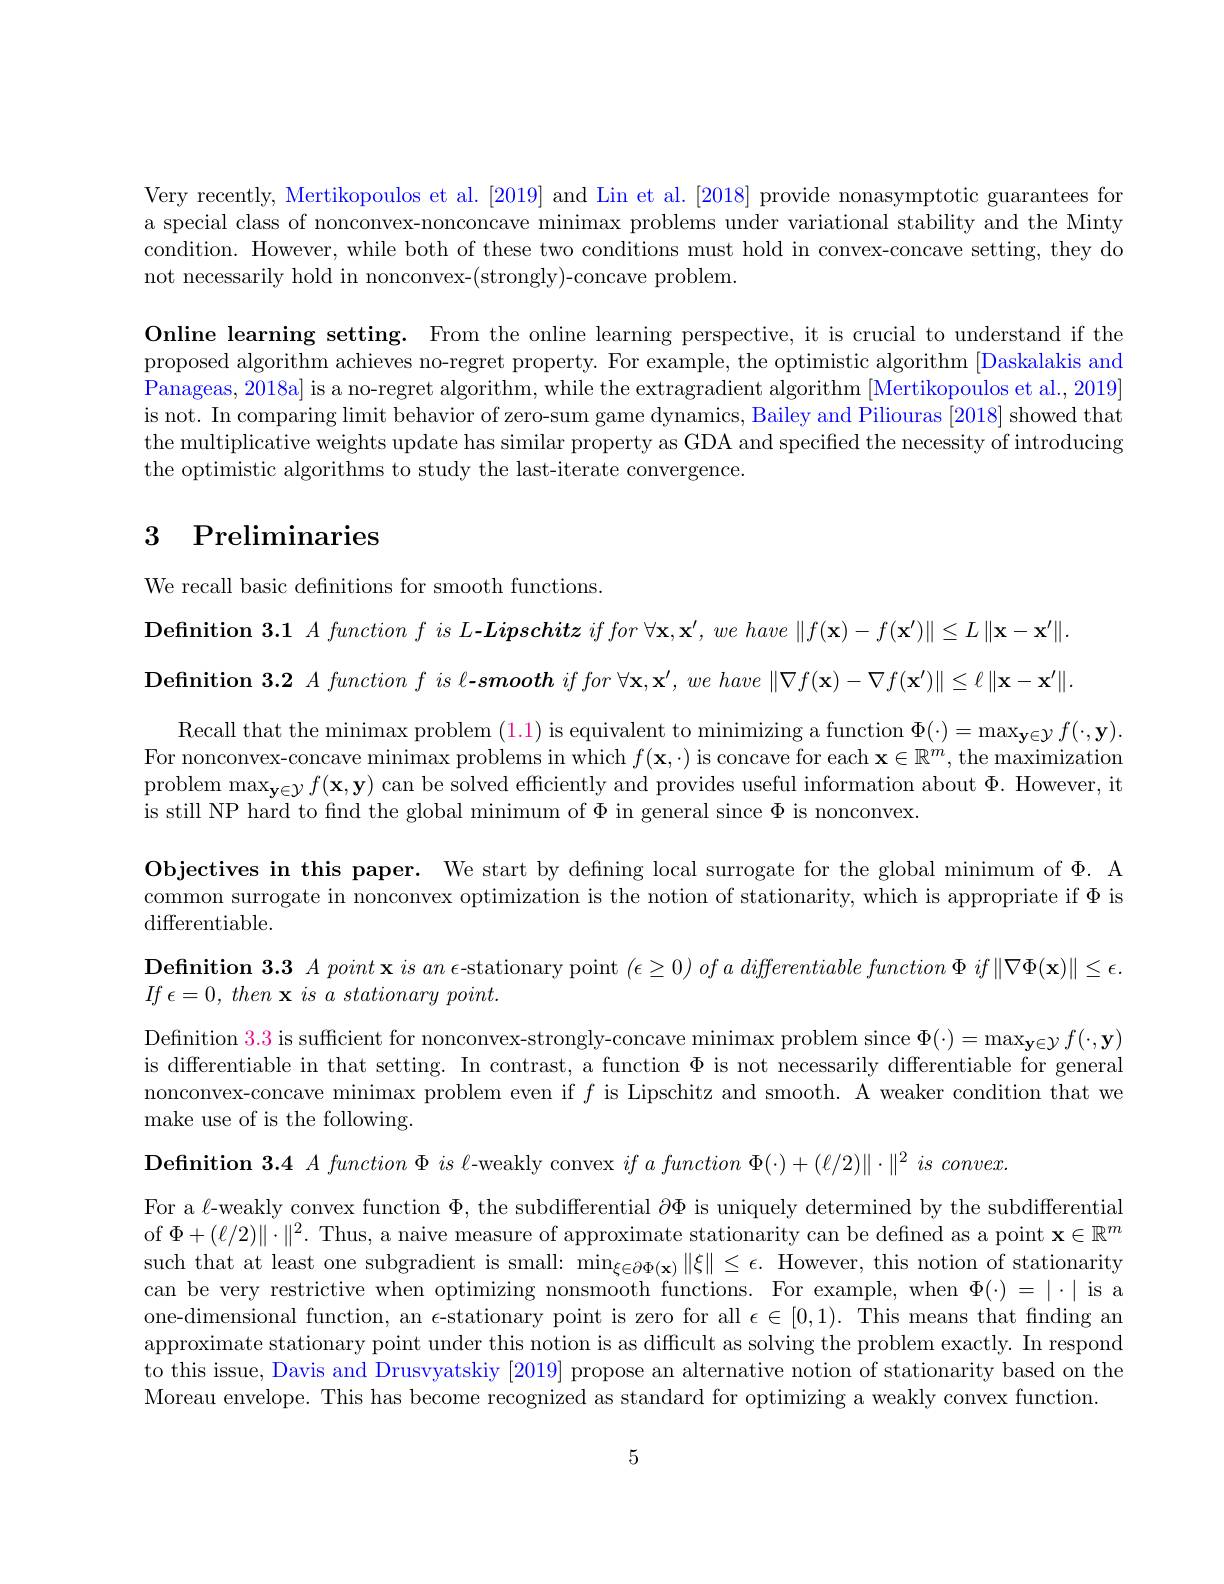
Very recently, Mertikopoulos et al. [2019] and Lin et al.[2018] provide nonasymptotic guarantees for a special class of nonconvex-nonconcave minimax problems under variational stability and the Minty condition. However, while both of these two conditions must hold in convex-concave setting, they do not necessarily hold in nonconvex-(strongly)-concave problem

Online learning setting. From the online learning perspective, it is crucial to understand if the proposed algorithm achieves no-regret property. For example, the optimistic algorithm [Daskalakis and] Panageas, 2018a] is a no-regret algorithm, while the extragradient algorithm [Mertikopoulos et al., 2019] is not. In comparing limit behavior of zero-sum game dynamics, Bailey and Piliouras [2018] showed that the multiplicative weights update has similar property as GDA and specified the necessity of introducing the optimistic algorithms to study the last-iterate convergence.

# 3 Preliminaries

We recall basic defnitions for smooth functions
$\textbf{Definition 3. 1}A\textit{function f is L- Lipschitz }iffor\forall \mathbf{x} , \mathbf{x} ^{\prime }, we\textit{have }\| f( \mathbf{x} ) - f( \mathbf{x} ^{\prime }) \| \leq L\| \mathbf{x} - \mathbf{x} ^{\prime }\| .$ $\textbf{Definition 3. 2 }A\textit{function f is l- smooth }iffor$ $\forall \mathbf{x} , \mathbf{x} ^{\prime }, we$ have $\| \nabla f( \mathbf{x} ) - \nabla f( \mathbf{x} ^{\prime }) \| \leq \ell$ $\| \mathbf{x} - \mathbf{x} ^{\prime }\| .$ $\begin{array}{c}\text{Recall that the minimax problem (1.1) is equivalent to minimizing a function }\Phi(\cdot)=\max_{\mathbf{y}\in\mathcal{Y}}f(\cdot,\mathbf{y}).\\\text{For nonconvex-concave minimax problems in which }f(\mathbf{x},\cdot)\text{ is concave for each x}\in\mathbb{R}^{m},\text{ the maximization}\end{array}$ problem $\max_\mathbf{y\in\mathcal{Y}}f(\mathbf{x},\mathbf{y})$ can be solved efficiently and provides useful information about $\Phi.$ However, it is still NP hard to fnd the global minimum of $\Phi$ in general since $\Phi$ is nonconvex.
Objectives in this paper. We start by defning local surrogate for the global minimum of $\Phi.$ A common surrogate in nonconvex optimization is the notion of stationarity, which is appropriate if $\Phi$ is ${\mathrm{differentiable}}.$
$\textbf{Definition 3. 3 }A\textit{point x is an - stationary point }( \epsilon \geq 0) \textit{of a differentiable function }\Phi \textit{if }\| \nabla \Phi ( \mathbf{x} ) \| \leq \epsilon .$
$If$ $\epsilon = 0$, then $\mathbf{x}$ $is$ $a$ stationary $point.$
Defnition $\color{red}3.3$ is sufficient for nonconvex-strongly-concave minimax problem since $\Phi(\cdot)=\max_\mathbf{y\in\mathcal{Y}}f(\cdot,\mathbf{y})$ is differentiable in that setting. In contrast, a function $\Phi$ is not necessarily differentiable for general nonconvex-concave minimax problem even if $f$ is Lipschitz and smooth. A weaker condition that we make use of is the following.
$\textbf{Definition 3. 4 }A\textit{function is - weakly convex }if\textit{a function }\Phi ( \cdot ) + ( \ell / 2) \| \cdot \| ^{2}\textit{is convex}$
For a $\ell$-weakly convex function $\Phi$, the subdifferential $\partial\Phi$ is uniquely determined by the subdifferential of $\Phi+(\ell/2)\|\cdot\|^2.$ Thus, a naive measure of approximate stationarity can be defined as a point $\mathbf{x}\in\mathbb{R}^m$ such that at least one subgradient is small: $\min_{\xi\in\partial\Phi(\mathbf{x})}\|\xi\|\leq\epsilon.$ However, this notion of stationarity can be very restrictive when optimizing nonsmooth functions. For example, when $\Phi(\cdot)=|\cdot|$ is a one-dimensional function, an $\epsilon$-stationary point is zero for all $\epsilon\in[0,1).$ This means that finding an approximate stationary point under this notion is as difficult as solving the problem exactly. In respond to this issue, Davis and Drusvyatskiy [2019] propose an alternative notion of stationarity based on the Moreau envelope. This has become recognized as standard for optimizing a weakly convex function

5